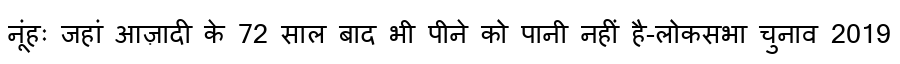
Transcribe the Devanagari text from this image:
नूंहः जहां आज़ादी के 72 साल बाद भी पीने को पानी नहीं है-लोकसभा चुनाव 2019